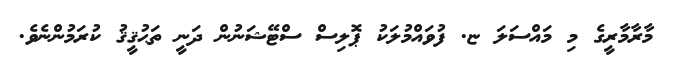
މާރާމާރީގެ މި މައްސަލަ ޏ. ފުވައްމުލަކު ޕޮލިސް ސްޓޭޝަނުން ދަނީ ތަޙުޤީޤު ކުރަމުންނެވެ.